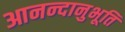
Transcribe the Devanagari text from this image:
आनन्‍दानुभूति